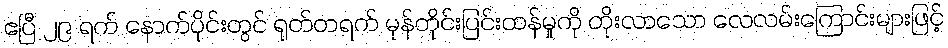
ဧပြီ ၂၉ ရက် နောက်ပိုင်းတွင် ရုတ်တရက် မုန်တိုင်းပြင်းထန်မှုကို တိုးလာသော လေလမ်းကြောင်းများဖြင့်